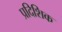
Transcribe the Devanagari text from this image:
प्रदिशिक